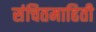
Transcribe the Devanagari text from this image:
संचितमाहिती